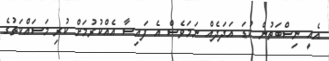
އެއީ ނިސްބަތުން ކުޑަ އަދަދެއް ނަމަވެސް އެ ފައިސާ އެއްކުރުމަށް ކުރި މަސައްކަތުގެ